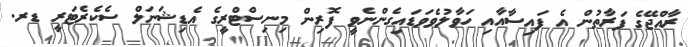
ރާއްޖޭގެ ފަރާތުން އެ ފައިސާއާއި ހަވާލުވެވަޑައިގެންނެވީ ފޮރިން މިނިސްޓްރީގެ އެޑިޝަނަލް ސެކެރެޓަރީ ޑރ.